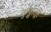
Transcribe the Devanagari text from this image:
कुड्डालूर